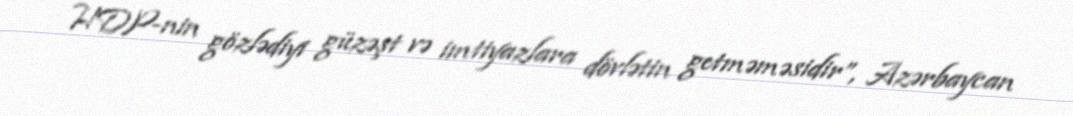
HDP-nin gözlədiyi güzəşt və imtiyazlara dövlətin getməməsidir”, Azərbaycan